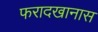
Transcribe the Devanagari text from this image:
फरादखानास